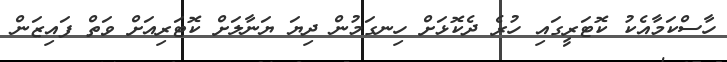
ހާސްކަމާއެކު ކޮޓަރީގައި ހުރެ ދެކޮޅަށް ހިނގަމުން ދިޔަ ޔަނާލަށް ކޮޓަރިއަށް ވަތް ފައިޒަން